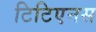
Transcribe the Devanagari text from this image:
टिटिएनस